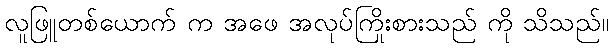
လူဖြူတစ်ယောက် က အဖေ အလုပ်ကြိုးစားသည် ကို သိသည်။